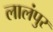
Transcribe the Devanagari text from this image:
लालंपुर